Leaving Certificate Examination (including Day School Certificate (Higher) General paper), 1936
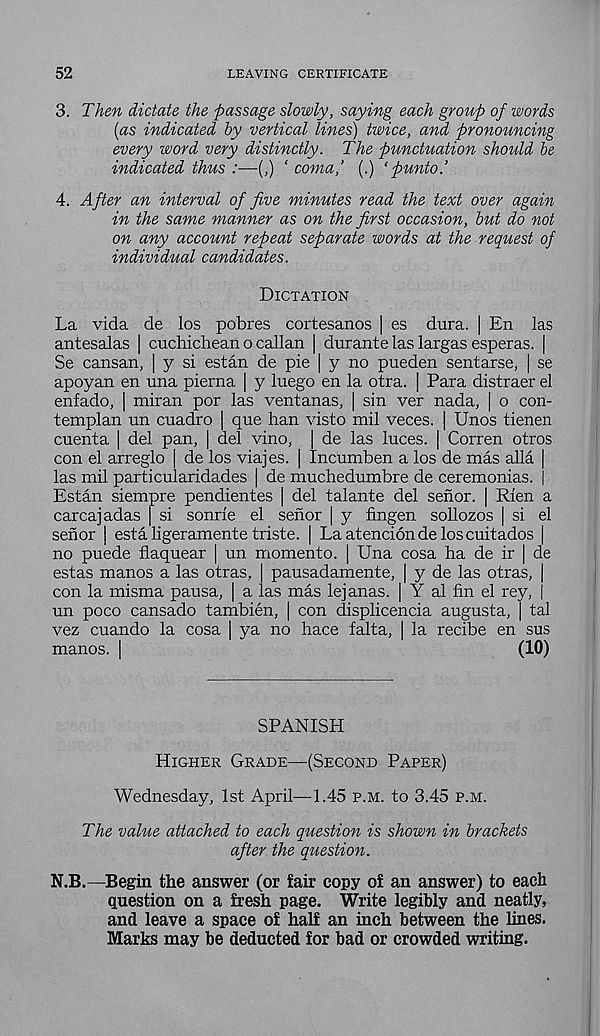
52
LEAVING CERTIFICATE
3. Then dictate the passage slowly, saying each group of words
(as indicated by vertical lines) twice, and pronouncing
every word very distinctly. The punctuation should be
indicated thus :—(,) ‘ coma,’ (.) ‘punto.’
4. After an interval of five minutes read the text over again
in the same manner as on the first occasion, but do not
on any account repeat separate words at the request of
individual candidates.
Dictation
La vida de los pobres cortesanos | es dura. | En las
antesalas | cuchichean o callan | durante las largas esperas. |
Se cansan, | y si estan de pie [ y no pueden sentarse, | se
apoyan en una pierna | y luego en la otra. [ Para distraer el
enfado, | miran por las ventanas, | sin ver nada, | o con-
templan un cuadro | que ban visto mil veces. | Unos tienen
cuenta | del pan, | del vino, | de las luces. | Corren otros
con el arreglo | de los viajes. | Incumben a los de mas alia |
las mil particularidades | de muchedumbre de ceremonias. |
Estan siempre pendientes | del talante del senor. | Rien a
carcajadas | si sonrie el senor | y fingen sollozos | si el
senor | esta ligeramente triste. | La atencionde loscuitados |
no puede flaquear | un momento. | Una cosa ha de ir | de
estas manos a las otras, pausadamente, | y de las otras, |
con la misma pausa, [ a las mas lejanas. | Y al fin el rey, |
un poco cansado tambien, | con displicencia augusta, | tal
vez cuando la cosa | ya no hace falta, | la recibe en sus
manos. I
(10)
SPANISH
Higher Grade—(Second Paper)
Wednesday, 1st April—1.45 p.m. to 3.45 p.m.
The value attached to each question is shown in brackets
after the question.
N.B.—Begin the answer (or fair copy of an answer) to each
question on a fresh page. Write legibly and neatly,
and leave a space of half an inch between the lines.
Marks may be deducted for bad or crowded writing.